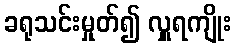
ခရုသင်းမှုတ်၍ လှူရကျိုး